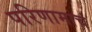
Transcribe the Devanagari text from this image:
परिणामाचं